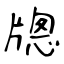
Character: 牕